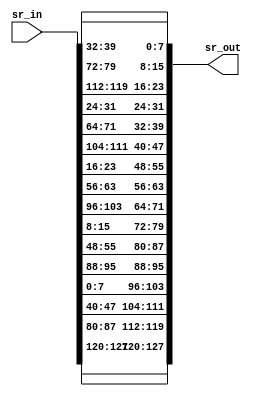
module shift_row(sr_in, sr_out);

input [127:0] sr_in;
output [127:0] sr_out;

assign sr_out[127:120] = sr_in[127:120];  
assign sr_out[119:112] = sr_in[87:80];
assign sr_out[111:104] = sr_in[47:40];
assign sr_out[103:96] = sr_in[7:0];
   
assign sr_out[95:88] = sr_in[95:88];
assign sr_out[87:80] = sr_in[55:48];
assign sr_out[79:72] = sr_in[15:8];
assign sr_out[71:64] = sr_in[103:96];
   
assign sr_out[63:56] = sr_in[63:56];
assign sr_out[55:48] = sr_in[23:16];
assign sr_out[47:40] = sr_in[111:104];
assign sr_out[39:32] = sr_in[71:64];
   
assign sr_out[31:24] = sr_in[31:24];
assign sr_out[23:16] = sr_in[119:112];
assign sr_out[15:8] = sr_in[79:72];
assign sr_out[7:0] = sr_in[39:32]; 

endmodule